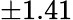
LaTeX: \pm 1.41